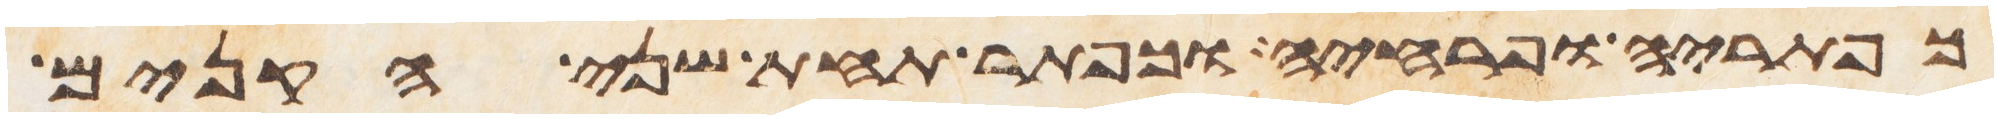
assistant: כפתריה ופרחיה וכפתר תחת שני הקנים